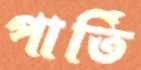
পার্তি